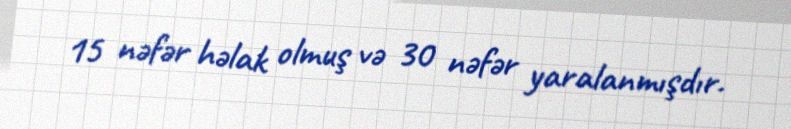
15 nəfər həlak olmuş və 30 nəfər yaralanmışdır.